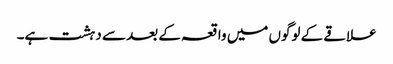
علاقے کے لوگوں میں واقعہ کے بعد سے دہشت ہے۔